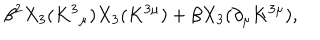
\beta ^ { 2 } X _ { 3 } ( K ^ { 3 } { } _ { \mu } ) X _ { 3 } ( K ^ { 3 \mu } ) + \beta X _ { 3 } ( \partial _ { \mu } K ^ { 3 \mu } ) ,